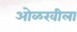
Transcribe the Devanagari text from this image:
ओळखीला